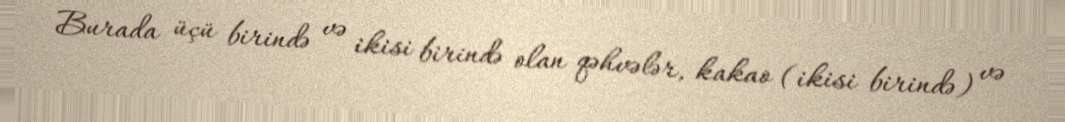
Burada üçü birində və ikisi birində olan qəhvələr, kakao (ikisi birində) və